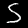
Digit: 5